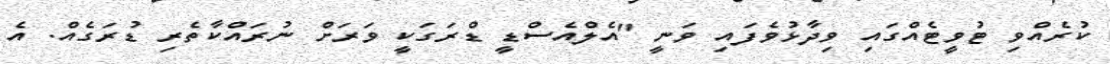
ކުރެއްވި ޓުވީޓެއްގައި ވިދާޅުވެފައި ވަނީ "އެލްއެސްޑީ ޑްރަގަކީ ވަރަށް ނުރައްކާތެރި ޑުރަގެއް. އެ